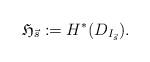
LaTeX: \begin{align*}\mathfrak H_{\vec s}:=H^*(D_{I_{\vec s}}).\end{align*}